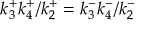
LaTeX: k _ { 3 } ^ { + } k _ { 4 } ^ { + } / k _ { 2 } ^ { + } = k _ { 3 } ^ { - } k _ { 4 } ^ { - } / k _ { 2 } ^ { - }